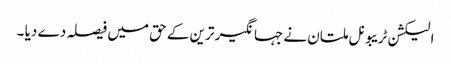
الیکشن ٹریبونل ملتان نے جہانگیر ترین کے حق میں فیصلہ دے دیا ۔